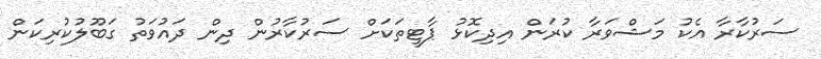
ސަރުކާރާ އެކު މަޝްވަރާ ކުރަން އިދިކޮޅު ޕާޓީތަކަށް ސަރުކާރުން ދިން ދައުވަތު ގަބޫލުކުރިކަން